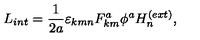
L _ { i n t } = \frac { 1 } { 2 a } \varepsilon _ { k m n } F _ { k m } ^ { a } \phi ^ { a } H _ { n } ^ { ( e x t ) } ,